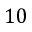
1 0